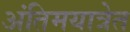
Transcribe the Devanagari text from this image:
अंतिमयात्रेत